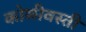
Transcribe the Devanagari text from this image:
कोळीवस्ती